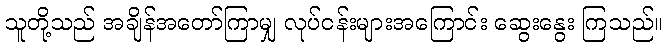
သူတို့သည် အချိန်အတော်ကြာမျှ လုပ်ငန်းများအကြောင်း ဆွေးနွေး ကြသည်။